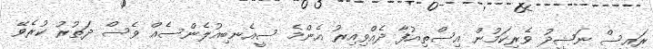
ރައީސް ނަޝީދު ވެރިކަމުން އިސްތިއުފާ ދެއްވިއިރު އެންމެ ސީއެނބިއުލެންސެއް ވެސް ދަތުރު ކުރެވޭ